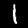
Label: 1